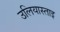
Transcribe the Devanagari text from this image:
उलियास्ताइ